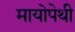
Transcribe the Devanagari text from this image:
मायोपेथी